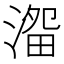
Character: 𱨗